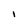
Character: I